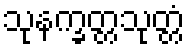
သုနက္ခတ္တသုတ္တံ